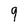
Character: 9